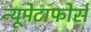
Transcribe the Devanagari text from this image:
न्यूमेटाफोर्स